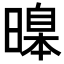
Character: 𣊊